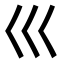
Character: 巛